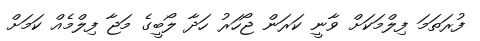
ފުރަތަމަ ފިލްމަކަށް ވާނީ ކަރަން ޖޯހަރު ހަދާ ލޯބީގެ މަޖާ ފިލްމެއް ކަމަށް